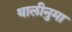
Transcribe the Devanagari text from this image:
थालीनुमा